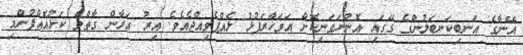
އޭނާގެ އަނބިކަނބަލުންގެ ގޭގައި އޮންނަވަނިކޮށް އަވަހާރަފުޅު ލެއްޕެވިއްޖެއެވެ. އިރު އަރާން ގާތްވެ ކަޅުއޮއްފުންމި